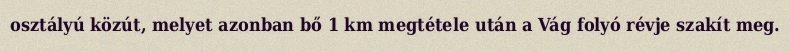
osztályú közút, melyet azonban bő 1 km megtétele után a Vág folyó révje szakít meg.